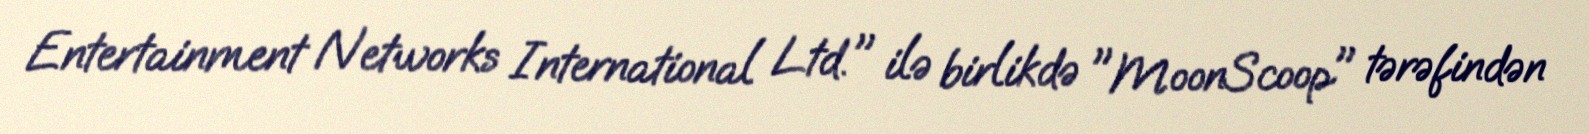
Entertainment Networks International Ltd." ilə birlikdə "MoonScoop" tərəfindən